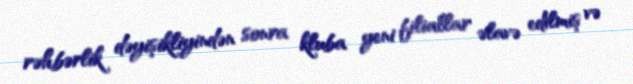
rəhbərlik dəyişikliyindən sonra kluba yeni filiallar əlavə edilmiş və